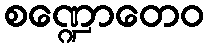
စဏ္ဍောတေဝ